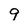
Character: 9